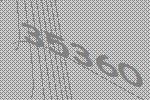
35360